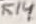
Text: K14